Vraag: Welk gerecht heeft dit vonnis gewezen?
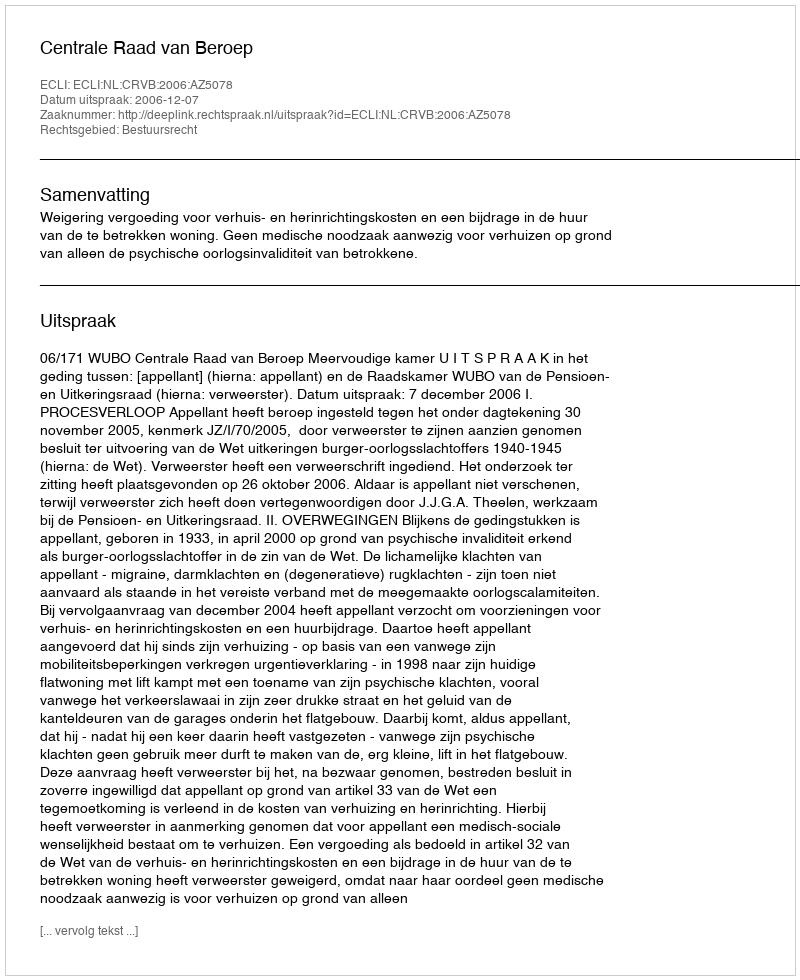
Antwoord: Centrale Raad van Beroep